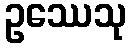
ဥဿေသု